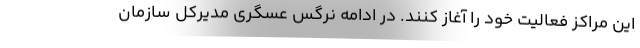
این مراکز فعالیت خود را آغاز کنند. در ادامه نرگس عسگری مدیرکل سازمان